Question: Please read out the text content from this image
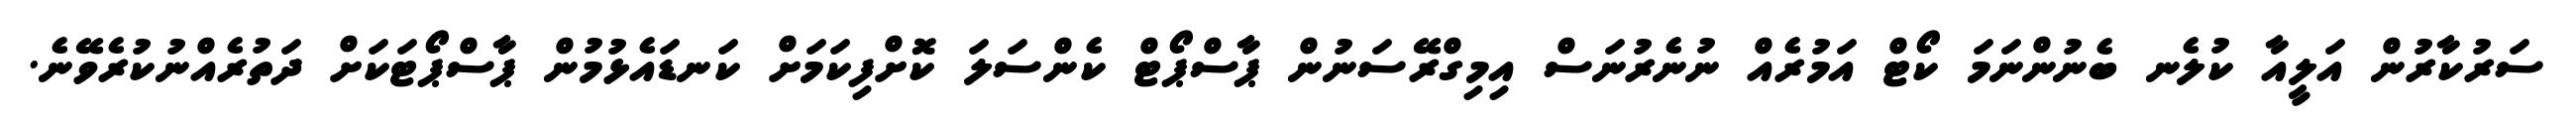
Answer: ސަރުކާރުން އަލީއާ ކުލެނ ބެނުންނަމަ ކޯޓް އަމުރެއް ނުނެރުނަސް އިމިގްރޭސަނުން ޕާސްޕޯޓް ކެންސަލަ ކޮށްފިކަމަށް ކަނޑައެޅުމުން ޕާސްޕޯޓަކަށް ދަތުރެއްނުކުރެވޭނެ.